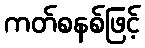
ကတ်စနစ်ဖြင့်